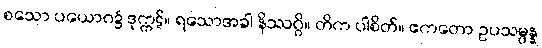
စသော ပယောဂ၌ ဒုက္ကဋ်။ ရသောအခါ နိဿဂ္ဂိ။ တိက ပါစိတ်။ ဧကတော ဥပသမ္ပန္န